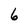
Character: 6